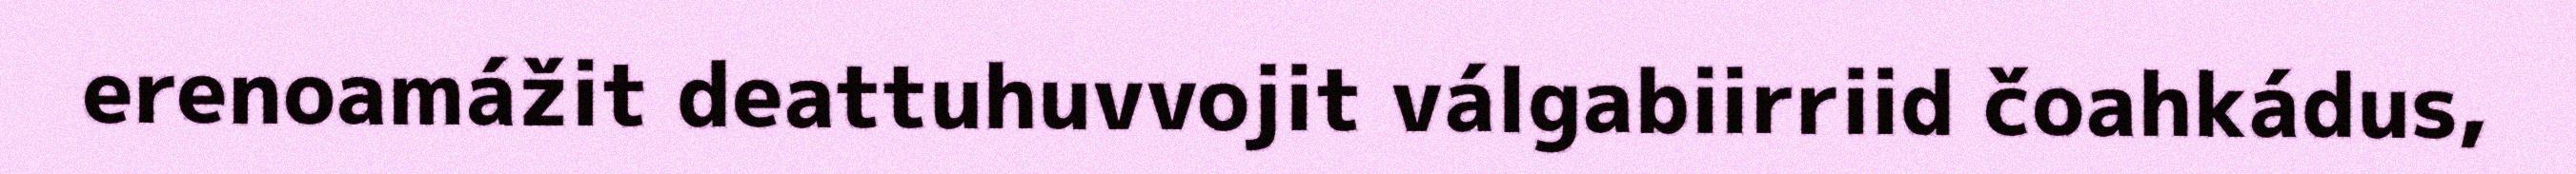
erenoamážit deattuhuvvojit válgabiirriid čoahkádus,